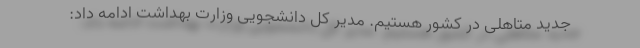
جدید متاهلی در کشور هستیم. مدیر کل دانشجویی وزارت بهداشت ادامه داد: